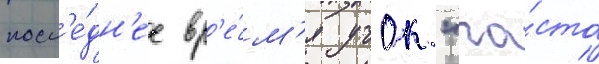
посл'е́дн'ее вр'е́м'я учок "ча́сто